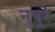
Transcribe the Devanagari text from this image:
नुपूरे